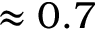
\approx 0 . 7